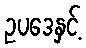
ဥပဒေနှင့်